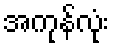
အကုန်လုံး